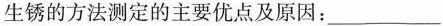
生锈的方法测定的主要优点及原因：___